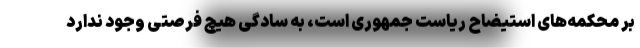
بر محکمه‌های استیضاح ریاست جمهوری است، به سادگی هیچ فرصتی وجود ندارد